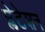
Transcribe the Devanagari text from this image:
प्लेटेशन